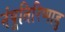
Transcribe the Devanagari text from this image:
नंपूतिरिप्पाडु